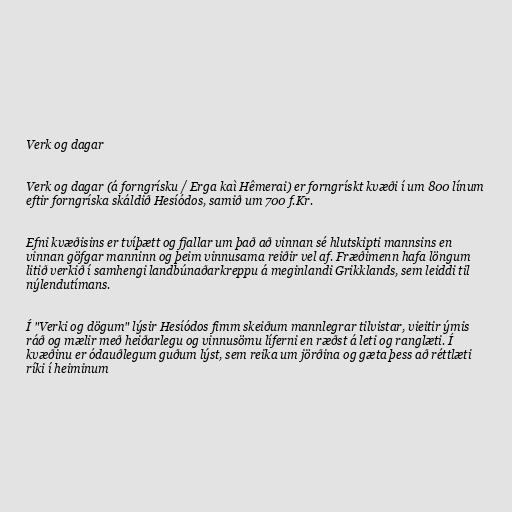
Verk og dagar

Verk og dagar (á forngrísku / Erga kaì Hêmerai) er forngrískt kvæði í um 800 línum
eftir forngríska skáldið Hesíódos, samið um 700 f.Kr.

Efni kvæðisins er tvíþætt og fjallar um það að vinnan sé hlutskipti mannsins en
vinnan göfgar manninn og þeim vinnusama reiðir vel af. Fræðimenn hafa löngum
litið verkið í samhengi landbúnaðarkreppu á meginlandi Grikklands, sem leiddi til
nýlendutímans.

Í "Verki og dögum" lýsir Hesíódos fimm skeiðum mannlegrar tilvistar, vieitir ýmis
ráð og mælir með heiðarlegu og vinnusömu líferni en ræðst á leti og ranglæti. Í
kvæðinu er ódauðlegum guðum lýst, sem reika um jörðina og gæta þess að réttlæti
ríki í heiminum